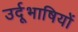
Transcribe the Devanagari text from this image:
उर्दूभाषियों